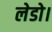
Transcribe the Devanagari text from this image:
लेडो।